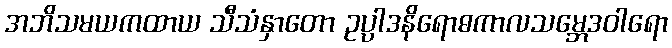
အဘိသမယကထာယ သီသံနှာတော ဥပ္ပါဒနိရောဓကာလသမ္ဘေဒဝါရော